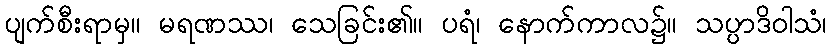
ပျက်စီးရာမှ။ မရဏဿ၊ သေခြင်း၏။ ပရံ၊ နောက်ကာလ၌။ သပ္ပာဒိဝါသံ၊